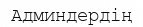
Админдердің